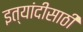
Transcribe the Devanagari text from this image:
इत्यांदीसाठी